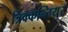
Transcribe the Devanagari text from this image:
त्रिक्कन्तियुर